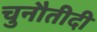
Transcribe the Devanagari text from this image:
चुनौतीदी